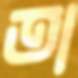
তা